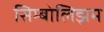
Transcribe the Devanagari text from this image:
सिम्बोलिझम